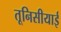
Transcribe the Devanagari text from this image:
तूनिसीयाई